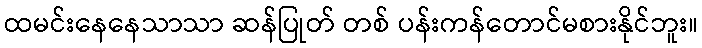
ထမင်းနေနေသာသာ ဆန်ပြုတ် တစ် ပန်းကန်တောင်မစားနိုင်ဘူး။